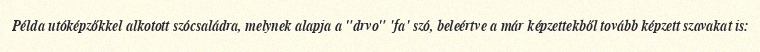
Példa utóképzőkkel alkotott szócsaládra, melynek alapja a "drvo" 'fa' szó, beleértve a már képzettekből tovább képzett szavakat is: